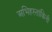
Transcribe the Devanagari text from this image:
अभिहस्तांकिनी